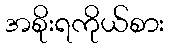
အစိုးရကိုယ်စား